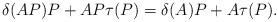
LaTeX: \begin{align*} \delta ( AP ) P+A P \tau (P) =\delta ( A)P+A \tau (P) . \end{align*}